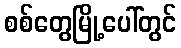
စစ်တွေမြို့ပေါ်တွင်